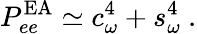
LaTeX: P_{ee}^{\mathrm{EA}}\simeq c_{\omega}^{4}+s_{\omega}^{4}\ .